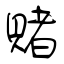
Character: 賭